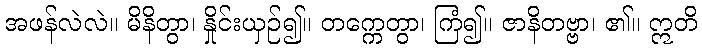
အဖန်လဲလဲ။ မိနိတွာ၊ နှိုင်းယှဉ်၍။ တက္ကေတွာ၊ ကြံ၍။ ဇာနိတဗ္ဗာ၊ ၏။ ဣတိ